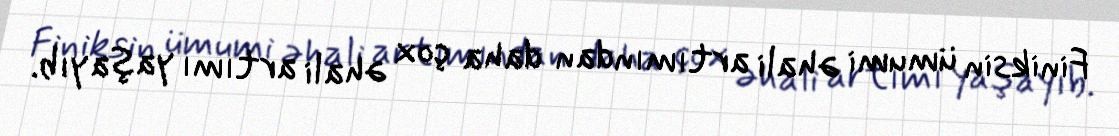
Finiksin ümumi əhali artımından daha çox əhali artımı yaşayıb.